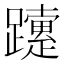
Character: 𨇈